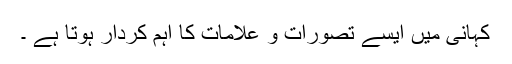
کہانی میں ایسے تصورات و علامات کا اہم کردار ہوتا ہے ۔